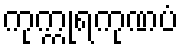
ကုက္ကုရကုဏပံ